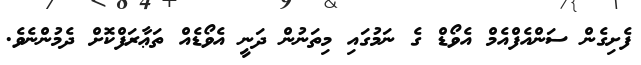
ފެށިގެން ސަންއެފްއެމް އެވޯޑް ގެ ނަމުގައި މިތަނުން ދަނީ އެވޯޑެއް ތަޢާރަފްކޮށް ދެމުންނެވެ.